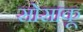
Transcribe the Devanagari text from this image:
सोसाकू